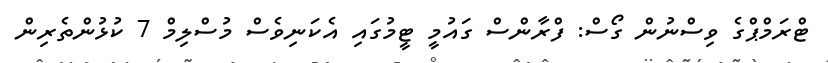
ޓްރަމްޕްގެ ވިސްނުން ގޯސް: ފްރާންސް ގައުމީ ޓީމުގައި އެކަނިވެސް މުސްލިމް 7 ކުޅުންތެރިން